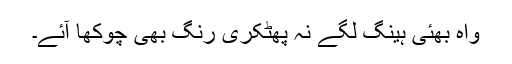
واہ بھئی ہینگ لگے نہ پھٹکری رنگ بھی چوکھا آئے۔